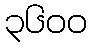
၃၆၀၀